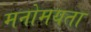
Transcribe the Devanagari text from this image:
मनोमयता